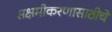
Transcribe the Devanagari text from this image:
सक्षमीकरणासाठीचे